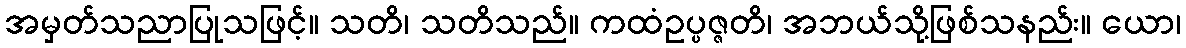
အမှတ်သညာပြုသဖြင့်။ သတိ၊ သတိသည်။ ကထံဥပ္ပဇ္ဇတိ၊ အဘယ်သို့ဖြစ်သနည်း။ ယော၊